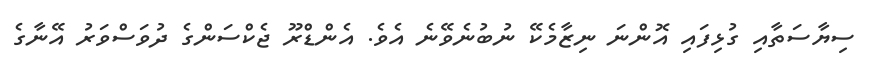
ސިޔާސަތާއި ގުޅިފައި އޮންނަ ނިޒާމެކޭ ނުބުނެވޭނެ އެވެ. އެންޑްރޫ ޖެކްސަންގެ ދުވަސްވަރު އޭނާގެ